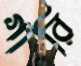
গারি